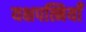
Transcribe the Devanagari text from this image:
यक्षपत्नियाँ